Report of the Indian Hemp Drugs Commission, 1894-1895 - Volume VII
Year: 1894
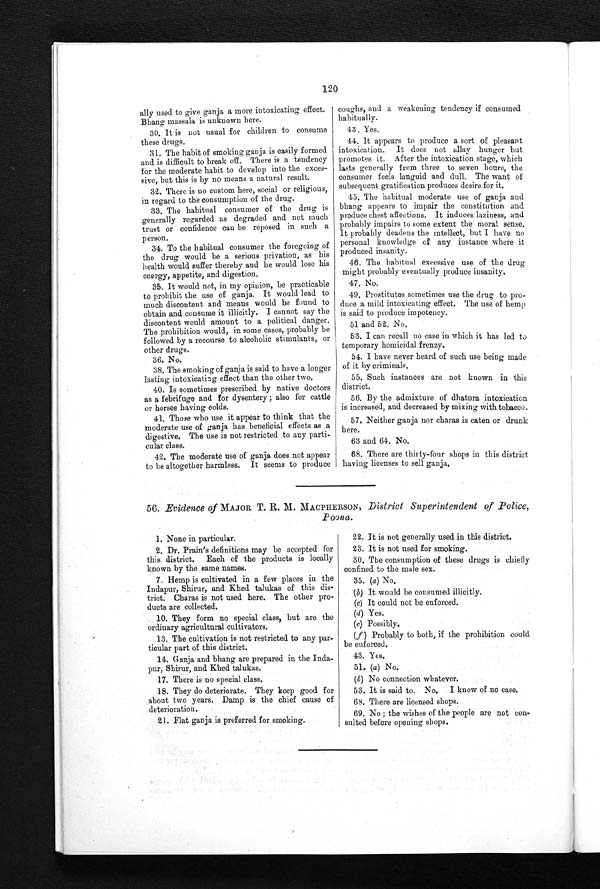
120
ally used to give ganja a more intoxicating effect
. Bhang massala is unknown here.
30. It is not usual for children to consume
these drugs.
31. The habit of smoking ganja is easily formed
and is difficult to break off. There is a tendency
for the moderate habit to develop into the exces-
- s i v e , b u t t h i s i s b y n o m e a n s a n a t u r a l r e s u l t .
32. There is no custom here, social or religious,
in regard to the consumption of the drug.
33. The habitual consumer of the drug is
generally regarded as degraded and not much
trust or confidence can be reposed in such a
person.
34. To the habitual consumer the foregoing of
the drug would be a serious privation, as his
health would suffer thereby and he would lose his
energy, appetite, and digestion.
35. It would not, in my opinion, be practicable
to prohibit the use of ganja. It would lead to
much discontent and means would be found to
obtain and consume it illicitly. I cannot say the
discontent would amount to a political danger.
The prohibition would, in some cases, probably be
followed by a recourse to alcoholic stimulants, or
other drugs.
36. No.
38. The smoking of ganja is said to have a longer
lasting intoxicating effect than the other two.
40. Is sometimes prescribed by native doctors
as a febrifuge and for dysentery; also for cattle
or horses having colds.
41. Those who use it appear to think that the
moderate use of ganja has beneficial effects as a
digestive. The use is not restricted to any parti--
cular class.
42. The moderate use of ganja does not appear
to be altogether harmless. It seems to produce
coughs, and a weakening tendency if consumed
habitually.
43.Yes.
44. It appears to produce a sort of pleasant
intoxication. It does not allay hunger but
promotes it. After the intoxication stage, which
lasts generally from three to seven hours, the
consumer feels languid and dull. The want of
subsequent gratification produces desire for it.
45. The habitual moderate use of ganja and
bhang appears to impair the constitution and
produce chest affections. It induces laziness, and
probably impairs to some extent the moral sense.
It probably deadens the intellect, but I have no
personal knowledge of any instance where it
produced insanity.
46. The habitual excessive use of the drug
might probably eventually produce insanity.
47. No.
49. Prostitutes sometimes use the drug to pro
-duce a mild intoxicating effect. The use of hemp
is said to produce impotency.
51 and 52. No.
53. I can recall no case in which it has led to
temporary homicidal frenzy.
54. I have never heard of such use being made
of it by criminals.
55. Such instances are not known in this
district.
56. By the admixture of dhatura intoxication
is increased, and decreased by mixing with tobacco.
57. Neither ganja nor charas is eaten or drunk
here.
63 and 64. No.
68. There are thirty-four shops in this district
having licenses to sell ganja.
56. Evidence of MAJOR T. R. M. MACPHERSON, District Superintendent of Police,
Poona.
1. None in particular.
2. Dr. Prain's definitions may be accepted for
this district. Each of the products is locally
known by the same names.
7. Hemp is cultivated in a few places in the
Indapur, Shirur, and Khed talukas of this dis--
trict. Charas is not used here. The other pro--
ducts are collected.
10. They form no special class, but are the
ordinary agricultural cultivators.
13. The cultivation is not restricted to any par
-ticular part of this district.
14. Ganja and bhang are prepared in the Inda
-pur, Shirur, and Khed talukas.
17. There is no special class.
18. They do deteriorate. They keep good for
about two years. Damp is the chief cause of
deterioration.
21. Flat ganja is preferred for smoking.
22. 22. It is not generally used in this district.
23. It is not used for smoking.
30. The consumption of these drugs is chiefly
confined to the male sex.
35. (a) No,
(b) It would be consumed illicitly.
(c) It could not be enforced.
(d) Yes.
(e) Possibly.
( f ) Probably to both, if the prohibition could
be enforced.
43. Yes.
51. (a) No.
(b) No connection whatever.
53. It is said to. No.
I know of no case.
68. There are licensed shops.
69. No ; the wishes of the people are not con
-sulted before opening shops.